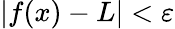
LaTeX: |f(x)-L|<\varepsilon